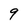
Character: 9